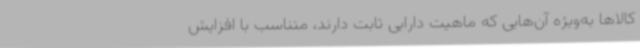
کالاها به‌ویژه آن‌هایی که ماهیت دارایی ثابت دارند، متناسب با افزایش